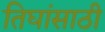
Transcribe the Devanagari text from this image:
तिघांसाठी